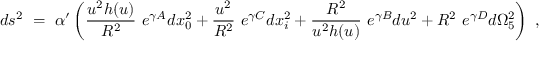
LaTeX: d s ^ { 2 } ~ = ~ \alpha ^ { \prime } \left( \frac { u ^ { 2 } h ( u ) } { R ^ { 2 } } ~ e ^ { \gamma A } d x _ { 0 } ^ { 2 } + \frac { u ^ { 2 } } { R ^ { 2 } } ~ e ^ { \gamma C } d x _ { i } ^ { 2 } + \frac { R ^ { 2 } } { u ^ { 2 } h ( u ) } ~ e ^ { \gamma B } d u ^ { 2 } + R ^ { 2 } ~ e ^ { \gamma D } d \Omega _ { 5 } ^ { 2 } \right) ~ ,